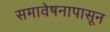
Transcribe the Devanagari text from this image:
समावेषनापासून